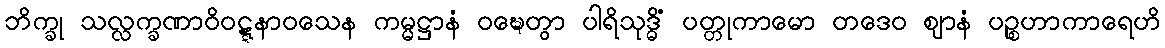
ဘိက္ခု သလ္လက္ခဏာဝိဝဋ္ဋနာဝသေန ကမ္မဋ္ဌာနံ ဝဍ္ဎေတွာ ပါရိသုဒ္ဓိံ ပတ္တုကာမော တဒေဝ ဈာနံ ပဉ္စဟာကာရေဟိ